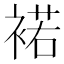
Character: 𧛭